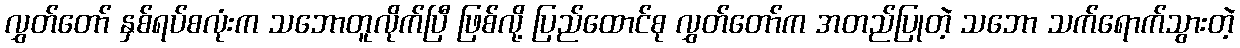
လွှတ်တော် နှစ်ရပ်စလုံးက သဘောတူလိုက်ပြီ ဖြစ်လို့ ပြည်ထောင်စု လွှတ်တော်က အတည်ပြုတဲ့ သဘော သက်ရောက်သွားတဲ့